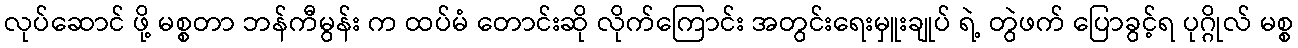
လုပ်ဆောင် ဖို့ မစ္စတာ ဘန်ကီမွန်း က ထပ်မံ တောင်းဆို လိုက်ကြောင်း အတွင်းရေးမှူးချုပ် ရဲ့ တွဲဖက် ပြောခွင့်ရ ပုဂ္ဂိုလ် မစ္စ